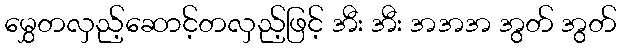
မွှေတလှည့်ဆောင့်တလှည့်ဖြင့် အီး အီး အအအ အွတ် အွတ်